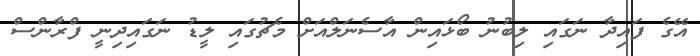
އޭގެ ފައިދާ ނަގައި ލިބުނު ބޯޅައިން އާސެނަލްއަށް މެޗުގައި ލީޑު ނަގައިދިނީ ފްރާންސް